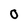
Character: O